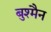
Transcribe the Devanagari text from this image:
बुश्मैन